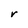
Character: r